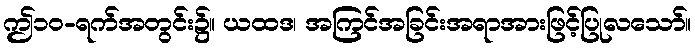
ဤ၁၀-ရက်အတွင်း၌။ ယထဒ၊ အကြင်အခြင်းအရာအားဖြင့်ပြုလသော်။